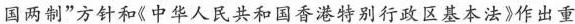
国两制”方针和《中华人民共和国香港特别行政区基本法》作出重